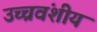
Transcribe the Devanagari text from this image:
उच्चवंशीय